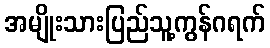
အမျိုးသားပြည်သူ့ကွန်ဂရက်